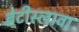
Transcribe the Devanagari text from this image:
ब्रेटीस्लावा